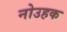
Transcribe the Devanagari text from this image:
नोउहक